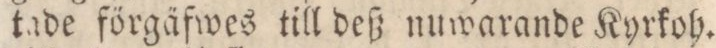
tade förgäfwes till deß nuwarande Kyrkoh.